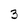
Character: 3